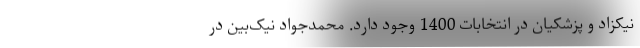
نیکزاد و پزشکیان در انتخابات 1400 وجود دارد. محمدجواد نیک‌بین در